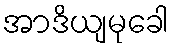
အာဒိယျမုခေါ